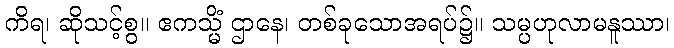
ကိရ၊ ဆိုသင့်စွ။ ဧကသ္မိံ ဌာနေ၊ တစ်ခုသောအရပ်၌။ သမ္ပဟုလာမနူဿာ၊